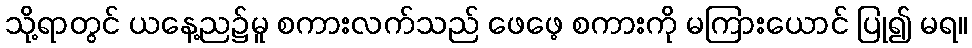
သို့ရာတွင် ယနေ့ည၌မူ စကားလက်သည် ဖေဖေ့ စကားကို မကြားယောင် ပြု၍ မရ။